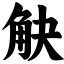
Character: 觖